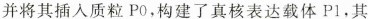
并将其插入质粒P0，构建了真核表达载体Pl，其